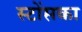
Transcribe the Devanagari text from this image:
स्टोंसका